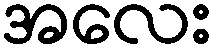
အလေး